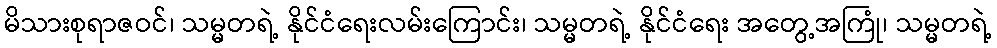
မိသားစုရာဇဝင်၊ သမ္မတရဲ့ နိုင်ငံရေးလမ်းကြောင်း၊ သမ္မတရဲ့ နိုင်ငံရေး အတွေ့အကြုံ၊ သမ္မတရဲ့